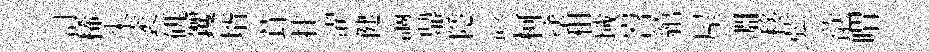
訂稀米袤矹钁壻茸挂濯健謫鼎隱該柯塗租域岧綰屋淵移弦歆喟